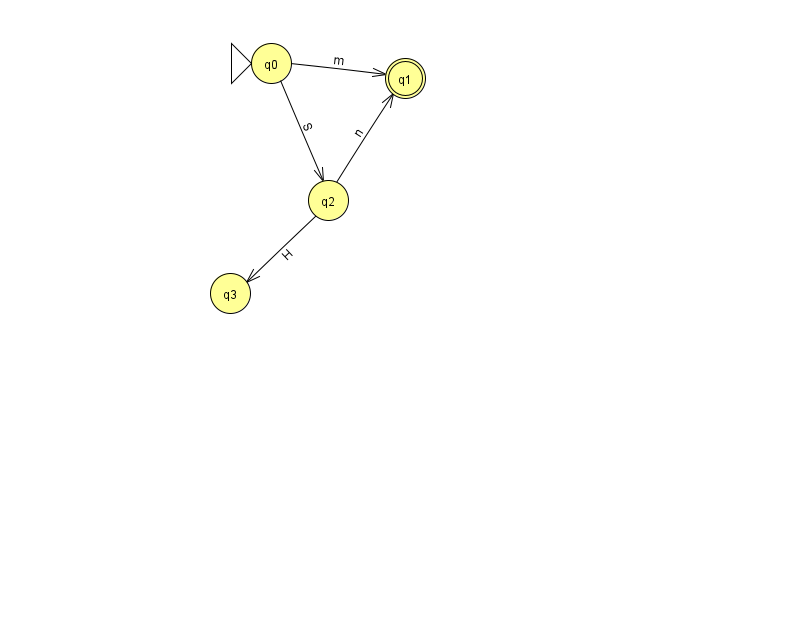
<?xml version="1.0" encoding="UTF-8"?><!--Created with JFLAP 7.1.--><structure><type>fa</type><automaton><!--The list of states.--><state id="0" name="q0"><x>271.0</x><y>50.0</y><initial/></state><state id="1" name="q1"><x>405.0</x><y>65.0</y><final/></state><state id="2" name="q2"><x>328.0</x><y>187.0</y></state><state id="3" name="q3"><x>230.0</x><y>280.0</y></state><!--The list of transitions.--><transition><from>2</from><to>3</to><read>H</read></transition><transition><from>2</from><to>1</to><read>n</read></transition><transition><from>0</from><to>1</to><read>m</read></transition><transition><from>0</from><to>2</to><read>S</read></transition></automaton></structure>